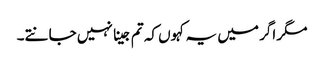
مگر اگر میں یہ کہوں کہ تم جینا نہیں جانتے۔